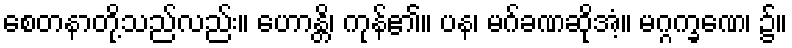
စေတနာတို့သည်လည်း။ ဟောန္တိ၊ ကုန်၏။ ပန၊ မဂ်ခဏဆိုအံ့။ မဂ္ဂက္ခဏေ၊ ၌။